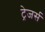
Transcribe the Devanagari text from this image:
ट्रेजर्स